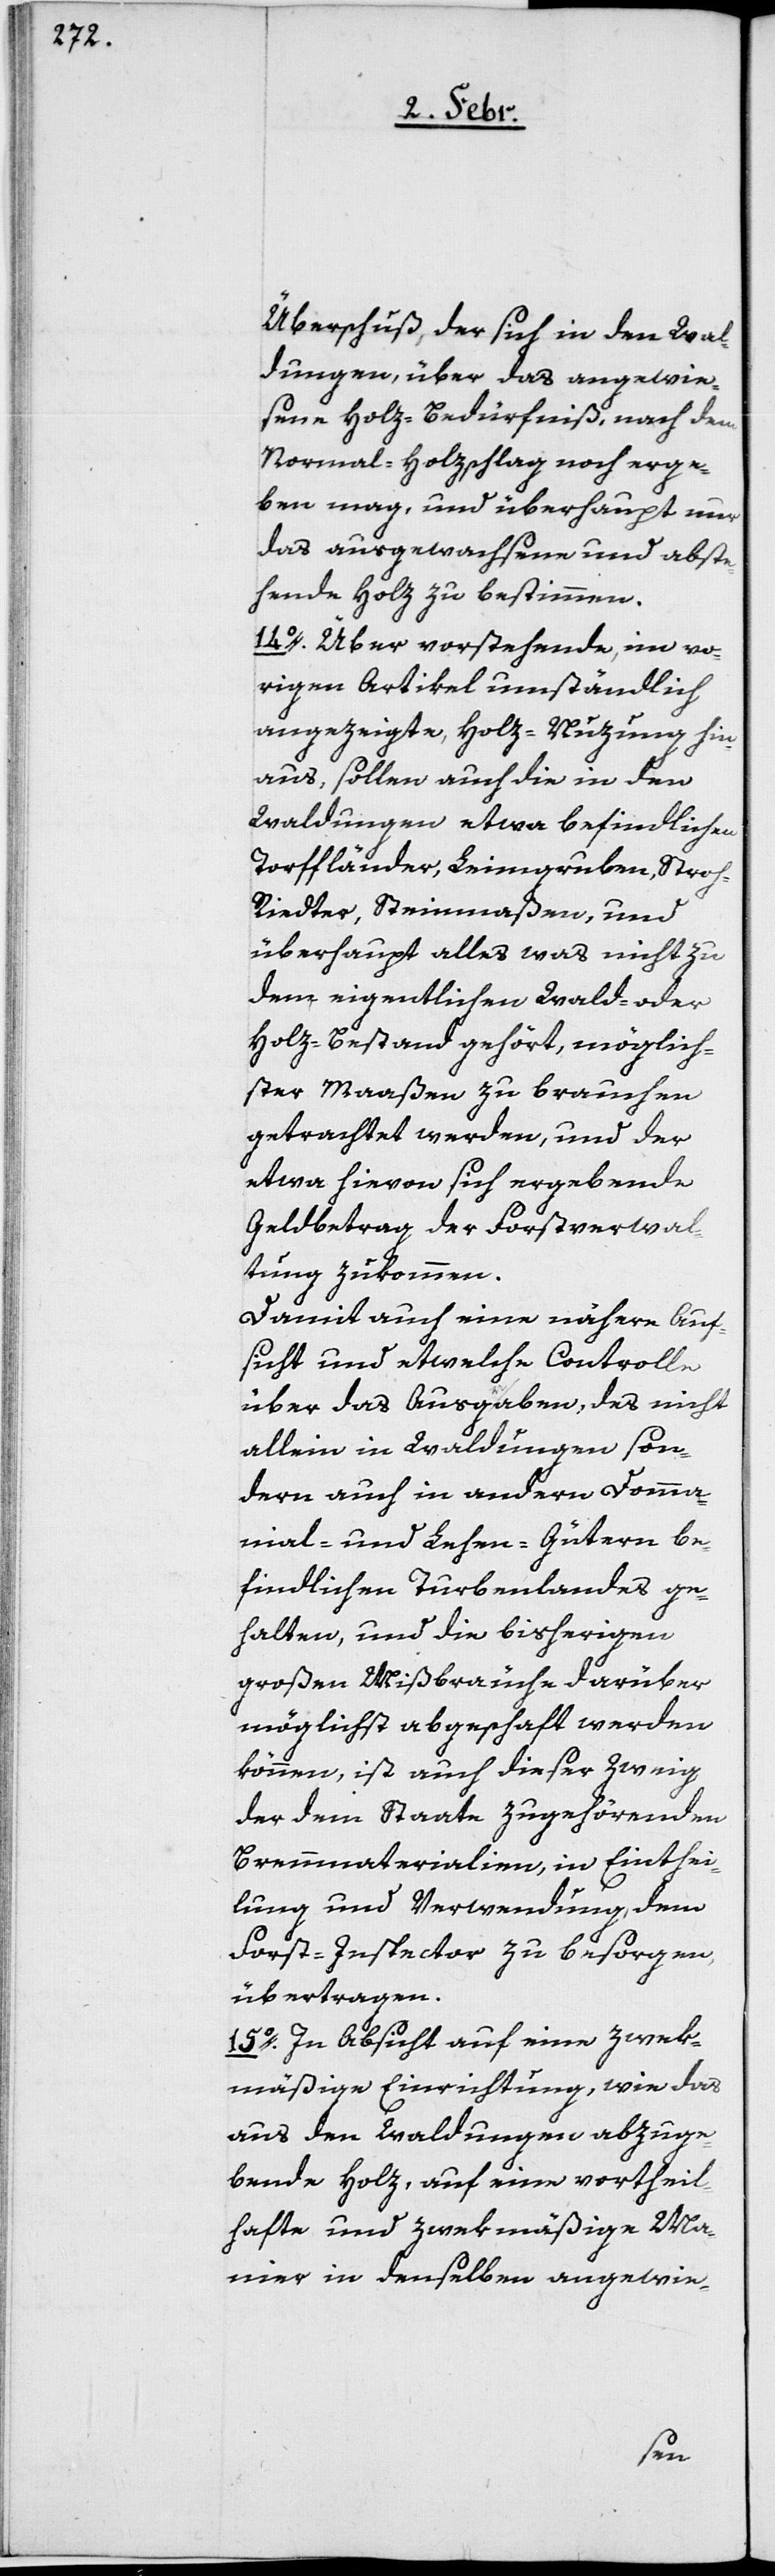
Überschuß, der sich in den Wal¬
dungen, über das angewie¬
sene Holz-Bedürfniß, nach dem
Normal-Holzschlag noch erge¬
ben mag, und überhaupt nur
das ausgewachsene und abste¬
hende Holz zu bestimmen.
14o. Über vorstehende, im vo¬
rigen Artikel umständlich
angezeigte Holz-Nuzung hin¬
aus, sollen auch die in den
Waldungen etwa befindlichen
Torffländer, Leimgruben, Stro¬
h-Riedter, Steinmaßen, und
überhaupt alles was nicht zu
dem eigentlichen Wald- oder
Holz-Bestand gehört, möglich¬
ster Maaßen zu brauchen
getrachtet werden, und der
etwa hievon sich ergebende
Geldbetrag, der Forstverwal¬
tung zukommen.
Damit auch eine nähere Auf¬
sicht und etwelche Controlle
über das Ausg[r]aben, des nicht
allein in Waldungen, son¬
dern auch in andern Domma¬
nial- und Lehen-Gütern be¬
findlichen Turbenlandes ge¬
halten, und die bisherigen
großen Mißbräuche darüber
möglichst abgeschaft werden
können, ist auch dieser Zweig
der dem Staate zugehörenden
Brennmaterialien, in Einthei¬
lung und Verwendung dem
Forst-Inspector zu besorgen,
übertragen.
15o. In Absicht auf eine zwek¬
mäßige Einrichtung, wie das
aus den Waldungen abzuge¬
bende Holz, auf eine vortheil¬
hafte und zwekmäßige Ma¬
nier in denselben angewie-